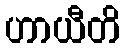
ဟာယီတိ